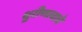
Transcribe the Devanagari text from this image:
धुरीणत्वाचे